Plague in India, 1896, 1897 - Volume 2
Year: 1896
Disease focus: Plague
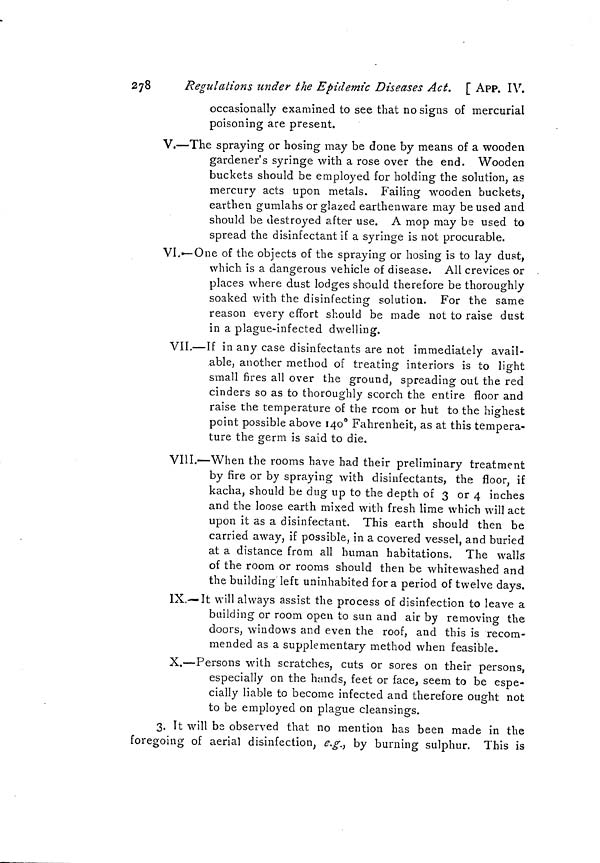
278
Regulations under the Epidemic Diseases Act. [ App. IV.
occasionally examined to see that no signs of mercurial
poisoning are present.
V.—The spraying or hosing may be done by means of a wooden
gardener's syringe with a rose over the end. Wooden
buckets should be employed for holding the solution, as
mercury acts upon metals. Failing wooden buckets,
earthen gumlahs or glazed earthenware may be used and
should be destroyed after use. Amop may be used to
spread the disinfectant if a syringe is not procurable.
VI.—One of the objects of the spraying or hosing is to lay dust,
which is a dangerous vehicle of disease. All crevices or
places where dust lodges should therefore be thoroughly
soaked with the disinfecting solution. For the same
reason every effort should be made not to raise dust
in a plague-infected dwelling.
VIL—If in any case disinfectants are not immediately avail-
able, another method of treating interiors is to light
small fires all over the ground, spreading out the red
cinders so as to thoroughly scorch the entire floor and
raise the temperature of the room or hut to the highest
point possible above 140° Fahrenheit, as at this tempera-
ture the germ is said to die.
VIII.—When the rooms have had their preliminary treatment
by fire or by spraying with disinfectants, the floor, if
kacha, should be dug up to the depth of 3 or 4 inches
and the loose earth mixed with fresh lime which will act
upon it as a disinfectant. This earth should then be
carried away, if possible, in a covered vessel, and buried
at a distance from all human habitations. The walls
of the room or rooms should then be whitewashed and
the building left uninhabited for a period of twelve days.
IX.—It will always assist the process of disinfection to leave a
building or room open to sun and air by removing the
doors, windows and even the roof, and this is recom-
mended as a supplementary method when feasible.
X.—Persons with scratches, cuts or sores on their persons,
especially on the hands, feet or face, seem to be espe-
cially liable to become infected and therefore ought not
to be employed on plague cleansings.
3. It will be observed that no mention has been made in the
foregoing of aerial disinfection, e.g., by burning sulphur. This is